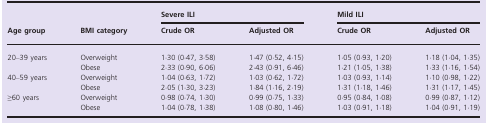
<table><thead><tr><td rowspan="3"><b>Age group</b></td><td rowspan="3"><b>BMI category</b></td><td colspan="2"><b>Severe ILI</b></td><td colspan="2"><b>Mild ILI</b></td></tr><tr><td><b>Crude OR</b></td><td><b>Adjusted OR</b></td><td><b>Crude OR</b></td><td><b>Adjusted OR</b></td></tr></thead><tbody><tr><td rowspan="2">20–39 years</td><td>Overweight</td><td>1·30 (0·47, 3·58)</td><td>1·47 (0·52, 4·15)</td><td>1·05 (0·93, 1·20)</td><td>1·18 (1·04, 1·35)</td></tr><tr><td>Obese</td><td>2·33 (0·90, 6·06)</td><td>2·43 (0·91, 6·46)</td><td>1·21 (1·05, 1·38)</td><td>1·33 (1·16, 1·54)</td></tr><tr><td rowspan="2">40–59 years</td><td>Overweight</td><td>1·04 (0·63, 1·72)</td><td>1·03 (0·62, 1·72)</td><td>1·03 (0·93, 1·14)</td><td>1·10 (0·98, 1·22)</td></tr><tr><td>Obese</td><td>2·05 (1·30, 3·23)</td><td>1·84 (1·16, 2·19)</td><td>1·31 (1·18, 1·46)</td><td>1·31 (1·17, 1·45)</td></tr><tr><td rowspan="2">≥60 years</td><td>Overweight</td><td>0·98 (0·74, 1·30)</td><td>0·99 (0·75, 1·33)</td><td>0·95 (0·84, 1·08)</td><td>0·99 (0·87, 1·12)</td></tr><tr><td>Obese</td><td>1·04 (0·78, 1·38)</td><td>1·08 (0·80, 1·46)</td><td>1·03 (0·91, 1·18)</td><td>1·04 (0·91, 1·19)</td></tr></tbody></table>